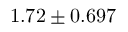
1 . 7 2 \pm 0 . 6 9 7